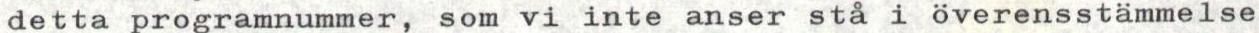
detta programnummer, som vi inte anser stå i överensstämmelse